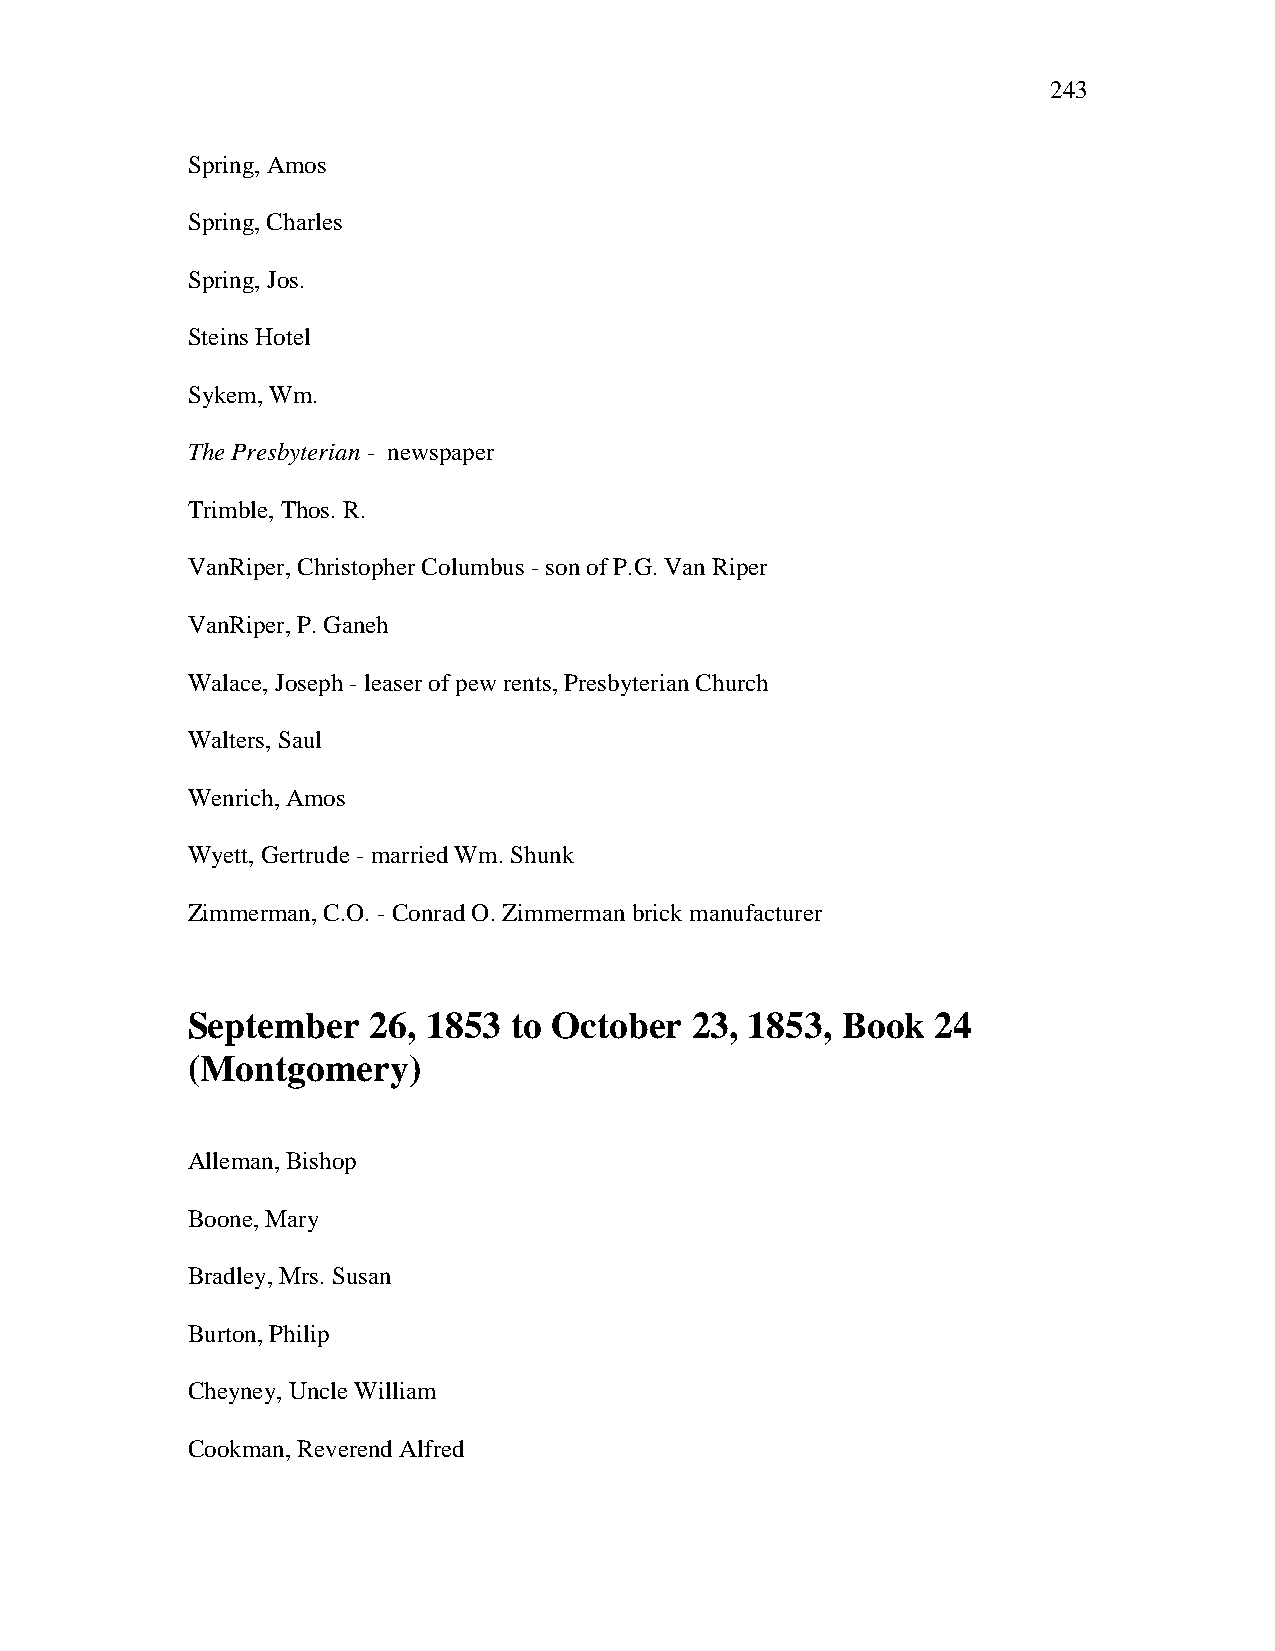
243
 Spring, Amos
 Spring, Charles
 Spring, Jos.
 Steins Hotel
 Sykem, Wm.
 The Presbyterian - newspaper
 Trimble, Thos. R.
 VanRiper, Christopher Columbus - son of P.G. Van Riper
 VanRiper, P. Ganeh
 Walace, Joseph - leaser of pew rents, Presbyterian Church
 Walters, Saul
 Wenrich, Amos
 Wyett, Gertrude - married Wm. Shunk
 Zimmerman, C.O. - Conrad O. Zimmerman brick manufacturer
 September   26, 1853  to October  23, 1853, Book  24
 (Montgomery)
 Alleman, Bishop
 Boone, Mary
 Bradley, Mrs. Susan
 Burton, Philip
 Cheyney, Uncle William
 Cookman, Reverend Alfred